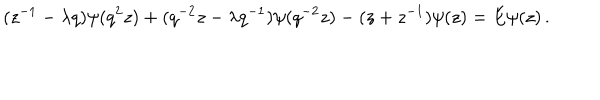
( z ^ { - 1 } - \lambda q ) \psi ( q ^ { 2 } z ) + ( q ^ { - 2 } z - \lambda q ^ { - 1 } ) \psi ( q ^ { - 2 } z ) - ( z + z ^ { - 1 } ) \psi ( z ) = E \psi ( z ) \, .